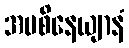
အပစိနေယျာနံ